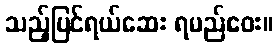
သည့်ပြင်ရယ်ဆေး ရမည်ဝေး။